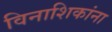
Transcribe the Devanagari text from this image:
विनाशिकांना